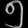
Digit: ၅